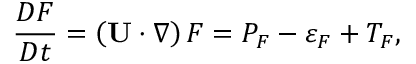
\frac { D F } { D t } = \left( { { \bf { U } } \cdot \nabla } \right) F = P _ { F } - \varepsilon _ { F } + T _ { F } ,